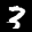
Label: 3